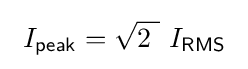
\ I_{\mathsf {peak}}={\sqrt {2\ }}\ I_{\mathsf {RMS}}\